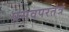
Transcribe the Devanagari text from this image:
प्रसवपरतंत्रं